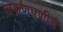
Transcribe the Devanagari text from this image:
तरुणपणीचे